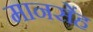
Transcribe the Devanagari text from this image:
मानसेंह